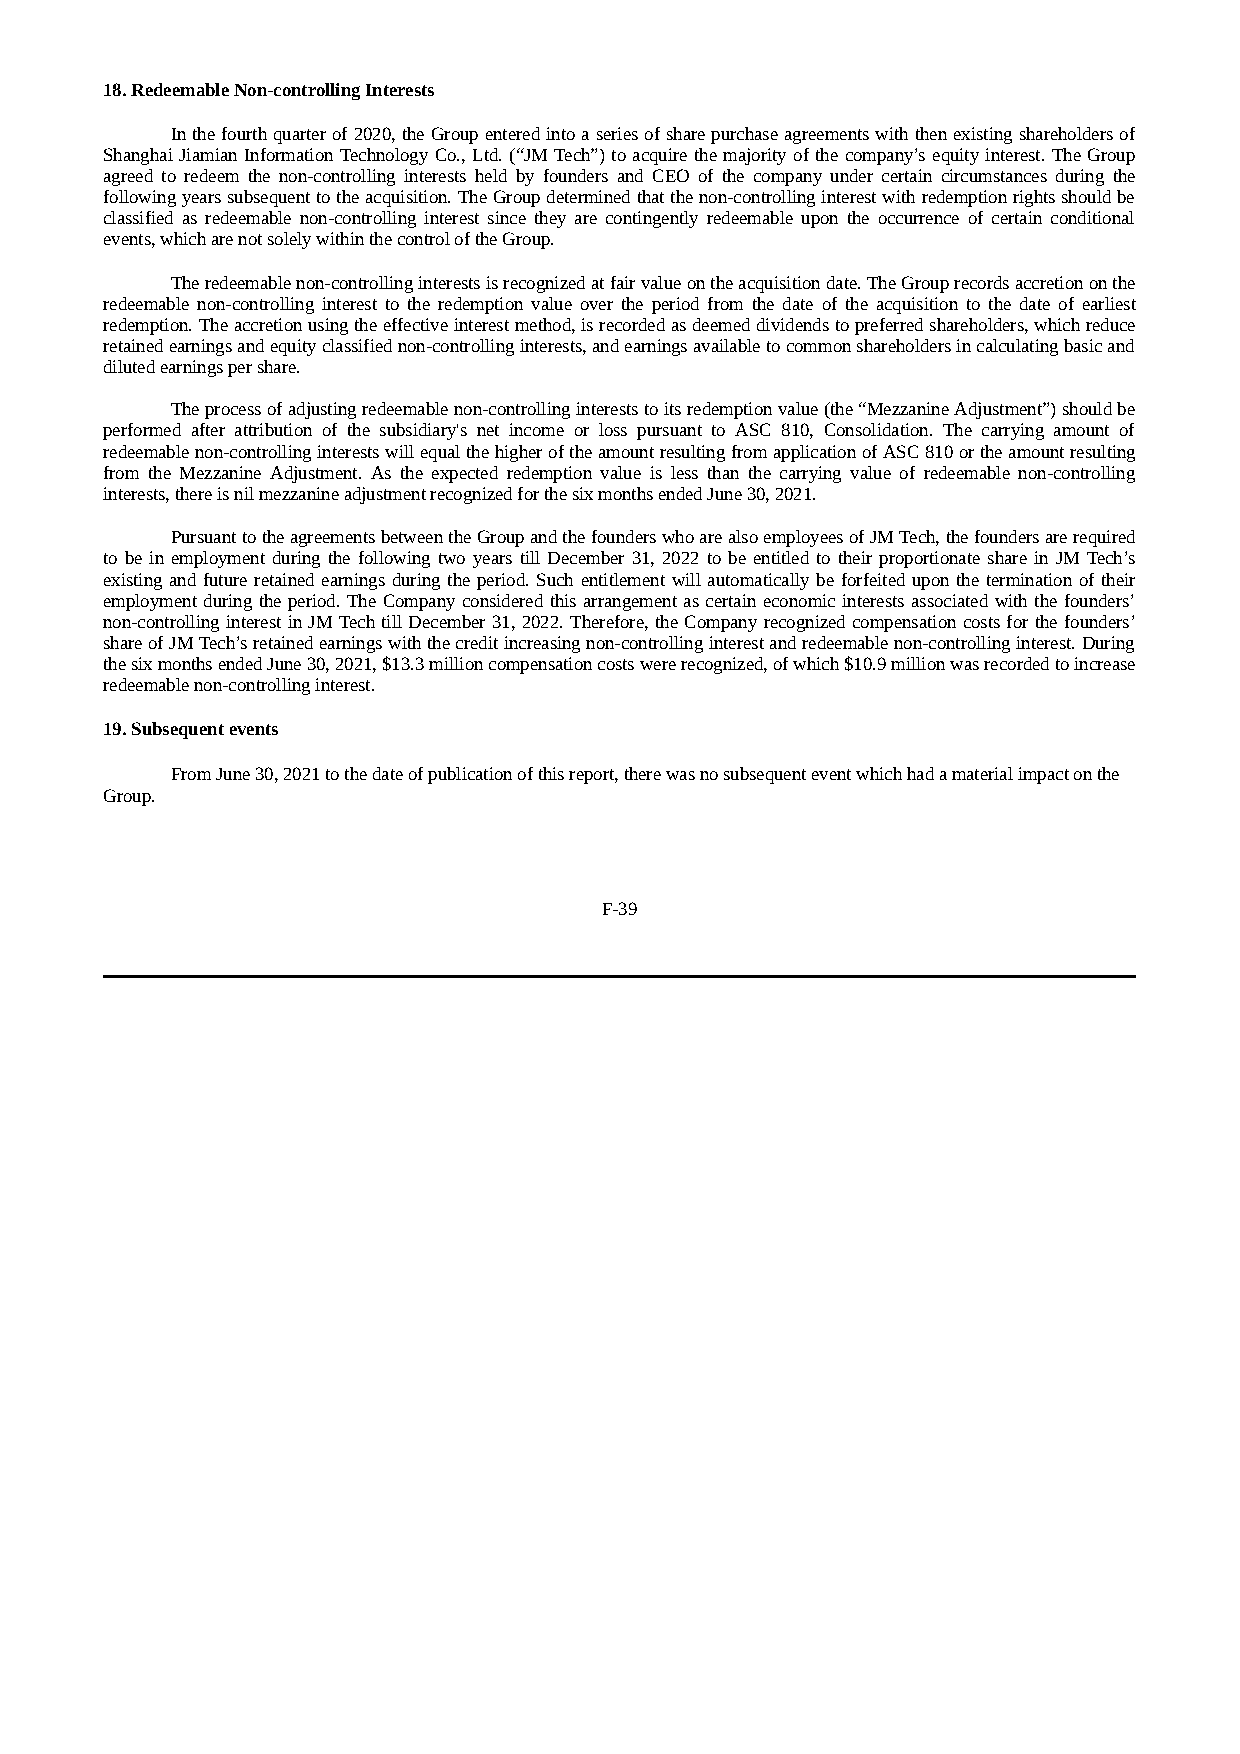
18. Redeemable Non-controlling Interests
 In the fourth quarter of 2020, the Group entered into a series of share purchase agreements with then existing shareholders of
 Shanghai Jiamian Information Technology Co., Ltd. (“JM Tech”) to acquire the majority of the company’s equity interest. The Group
 agreed to redeem the non-controlling interests held by founders and CEO of the company under certain circumstances during the
 following years subsequent to the acquisition. The Group determined that the non-controlling interest with redemption rights should be
 classified as redeemable non-controlling interest since they are contingently redeemable upon the occurrence of certain conditional
 events, which are not solely within the control of the Group.
 The redeemable non-controlling interests is recognized at fair value on the acquisition date. The Group records accretion on the
 redeemable non-controlling interest to the redemption value over the period from the date of the acquisition to the date of earliest
 redemption. The accretion using the effective interest method, is recorded as deemed dividends to preferred shareholders, which reduce
 retained earnings and equity classified non-controlling interests, and earnings available to common shareholders in calculating basic and
 diluted earnings per share.
 The process of adjusting redeemable non-controlling interests to its redemption value (the “Mezzanine Adjustment”) should be
 performed after attribution of the subsidiary's net income or loss pursuant to ASC 810, Consolidation. The carrying amount of
 redeemable non-controlling interests will equal the higher of the amount resulting from application of ASC 810 or the amount resulting
 from the Mezzanine Adjustment. As the expected redemption value is less than the carrying value of redeemable non-controlling
 interests, there is nil mezzanine adjustment recognized for the six months ended June 30, 2021.
 Pursuant to the agreements between the Group and the founders who are also employees of JM Tech, the founders are required
 to be in employment during the following two years till December 31, 2022 to be entitled to their proportionate share in JM Tech’s
 existing and future retained earnings during the period. Such entitlement will automatically be forfeited upon the termination of their
 employment during the period. The Company considered this arrangement as certain economic interests associated with the founders’
 non-controlling interest in JM Tech till December 31, 2022. Therefore, the Company recognized compensation costs for the founders’
 share of JM Tech’s retained earnings with the credit increasing non-controlling interest and redeemable non-controlling interest. During
 the six months ended June 30, 2021, $13.3 million compensation costs were recognized, of which $10.9 million was recorded to increase
 redeemable non-controlling interest.
 19. Subsequent events
 From June 30, 2021 to the date of publication of this report, there was no subsequent event which had a material impact on the
 Group.
 F-39